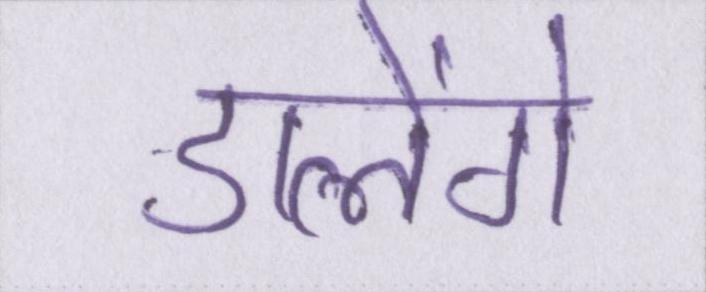
डालेंगे